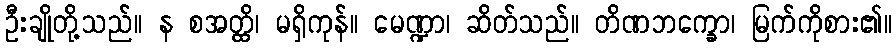
ဦးချိုတို့သည်။ န စအတ္ထိ၊ မရှိကုန်။ မေဏ္ဍာ၊ ဆိတ်သည်။ တိဏဘက္ခော၊ မြက်ကိုစား၏။